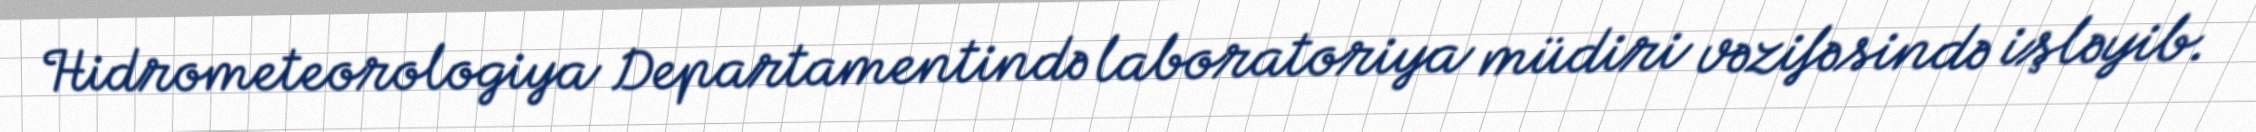
Hidrometeorologiya Departamentində laboratoriya müdiri vəzifəsində işləyib.